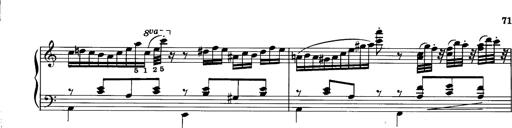
Title: La romanesca
Composer: Franz Liszt